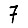
Digit: 7